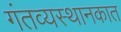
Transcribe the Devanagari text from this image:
गंतव्यस्थानकात